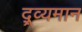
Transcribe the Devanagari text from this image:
द्र्व्यमान